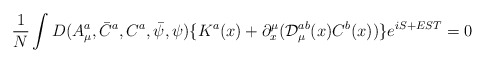
\begin{align*}\frac 1N\int D(A_\mu ^a,\bar C^a,C^a,\bar \psi ,\psi )\{K^a(x)+\partial_x^\mu ({\cal D}_\mu ^{ab}(x)C^b(x))\}e^{iS+EST}=0\end{align*}